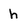
Character: h